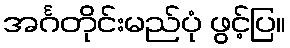
အင်္ဂတိုင်းမည်ပုံ ဖွင့်ပြ။